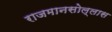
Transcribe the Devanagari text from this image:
राजमानसोल्लास